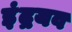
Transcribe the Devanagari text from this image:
इंद्रयव